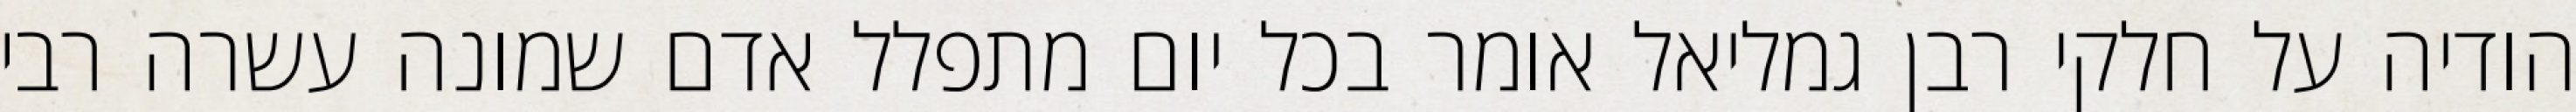
הודיה על חלקי רבן גמליאל אומר בכל יום מתפלל אדם שמונה עשרה רבי